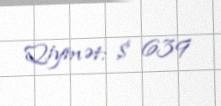
Qiymət: $ 639